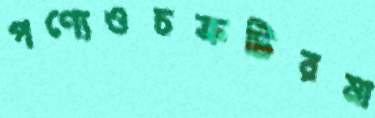
পণ্যেওচক্রটিরমা